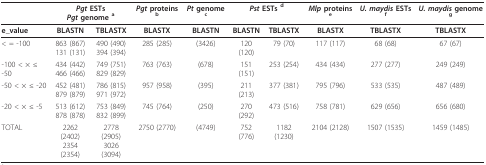
<table><thead><tr><td></td><td colspan="2"><b><i>Pgt </i>ESTs<i>Pgt </i>genome <sup>a</sup></b></td><td><b><i>Pgt </i>proteins <sup>b</sup></b></td><td><b><i>Pt </i>genome <sup>c</sup></b></td><td colspan="2"><b><i>Pst </i>ESTs <sup>d</sup></b></td><td><b><i>Mlp </i>proteins <sup>e</sup></b></td><td><b><i>U. maydis </i>ESTs <sup>f</sup></b></td><td><b><i>U. maydis </i>genome <sup>g</sup></b></td></tr></thead><tbody><tr><td><b>e_value</b></td><td><b>BLASTN</b></td><td><b>TBLASTX</b></td><td><b>BLASTX</b></td><td><b>BLASTN</b></td><td><b>BLASTN</b></td><td><b>TBLASTX</b></td><td><b>BLASTX</b></td><td><b>TBLASTX</b></td><td><b>TBLASTX</b></td></tr><tr><td>&lt; = -100</td><td>863 (867)131 (131)</td><td>490 (490)394 (394)</td><td>285 (285)</td><td>(3426)</td><td>120 (120)</td><td>79 (70)</td><td>117 (117)</td><td>68 (68)</td><td>67 (67)</td></tr><tr><td>-100 &lt; × ≤ -50</td><td>434 (442)466 (466)</td><td>749 (751)829 (829)</td><td>763 (763)</td><td>(678)</td><td>151 (151)</td><td>253 (254)</td><td>434 (434)</td><td>277 (277)</td><td>249 (249)</td></tr><tr><td>-50 &lt; × ≤ -20</td><td>452 (481)879 (879)</td><td>786 (815)971 (972)</td><td>957 (958)</td><td>(395)</td><td>211 (213)</td><td>377 (381)</td><td>795 (796)</td><td>533 (535)</td><td>487 (489)</td></tr><tr><td>-20 &lt; × ≤ -5</td><td>513 (612)878 (878)</td><td>753 (849)832 (899)</td><td>745 (764)</td><td>(250)</td><td>270 (292)</td><td>473 (516)</td><td>758 (781)</td><td>629 (656)</td><td>656 (680)</td></tr><tr><td>TOTAL</td><td>2262 (2402)2354 (2354)</td><td>2778 (2905)3026 (3094)</td><td>2750 (2770)</td><td>(4749)</td><td>752 (776)</td><td>1182 (1230)</td><td>2104 (2128)</td><td>1507 (1535)</td><td>1459 (1485)</td></tr></tbody></table>